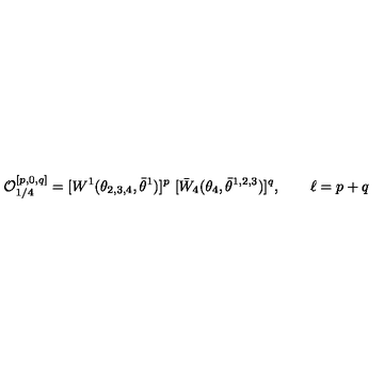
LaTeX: { \cal O } _ { 1 / 4 } ^ { [ p , 0 , q ] } = [ W ^ { 1 } ( \theta _ { 2 , 3 , 4 } , \bar { \theta } ^ { 1 } ) ] ^ { p } \ [ \bar { W } _ { 4 } ( \theta _ { 4 } , \bar { \theta } ^ { 1 , 2 , 3 } ) ] ^ { q } , \qquad \ell = p + q